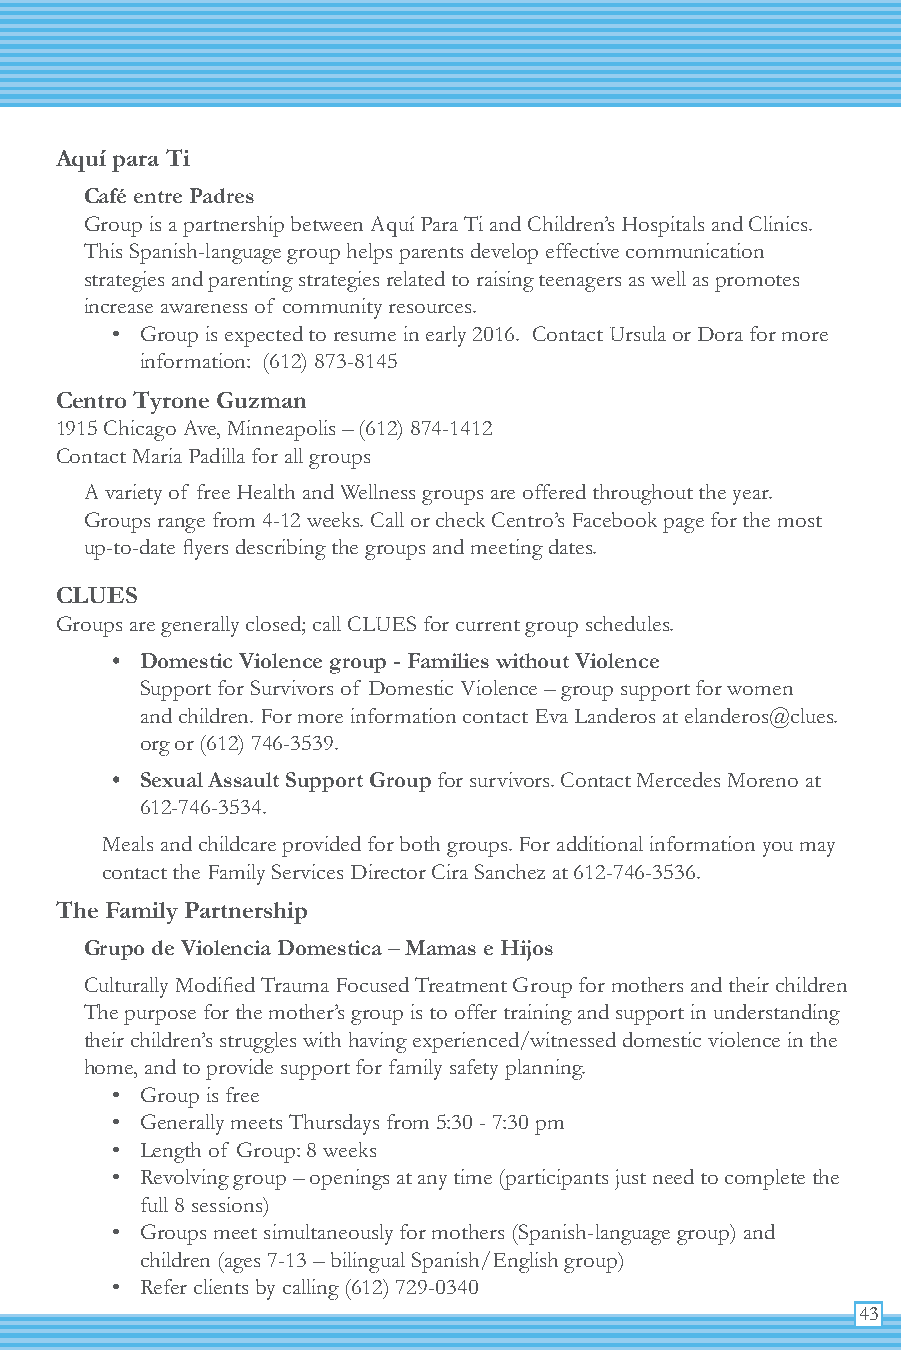
Aquí para Ti
 Café entre Padres
 Group is a partnership between Aquí Para Ti and Children’s Hospitals and Clinics.
 This Spanish-language group helps parents develop effective communication
 strategies and parenting strategies related to raising teenagers as well as promotes
 increase awareness of community resources.
 • Group is expected to resume in early 2016. Contact Ursula or Dora for more
 information: (612) 873-8145
 Centro Tyrone Guzman
 1915 Chicago Ave, Minneapolis – (612) 874-1412
 Contact Maria Padilla for all groups
 A variety of free Health and Wellness groups are offered throughout the year.
 Groups range from 4-12 weeks. Call or check Centro’s Facebook page for the most
 up-to-date flyers describing the groups and meeting dates.
 CLUES
 Groups are generally closed; call CLUES for current group schedules.
 • Domestic Violence group - Families without Violence
 Support for Survivors of Domestic Violence – group support for women
 and children. For more information contact Eva Landeros at elanderos@clues.
 org or (612) 746-3539.
 • Sexual Assault Support Group for survivors. Contact Mercedes Moreno at
 612-746-3534.
 Meals and childcare provided for both groups. For additional information you may
 contact the Family Services Director Cira Sanchez at 612-746-3536.
 The Family Partnership
 Grupo de Violencia Domestica – Mamas e Hijos
 Culturally Modified Trauma Focused Treatment Group for mothers and their children
 The purpose for the mother’s group is to offer training and support in understanding
 their children’s struggles with having experienced/witnessed domestic violence in the
 home, and to provide support for family safety planning.
 • Group is free
 • Generally meets Thursdays from 5:30 - 7:30 pm
 • Length of Group: 8 weeks
 • Revolving group – openings at any time (participants just need to complete the
 full 8 sessions)
 • Groups meet simultaneously for mothers (Spanish-language group) and
 children (ages 7-13 – bilingual Spanish/English group)
 • Refer clients by calling (612) 729-0340
 43